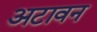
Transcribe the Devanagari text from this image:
अटावन